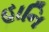
હાનિ